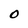
Character: O